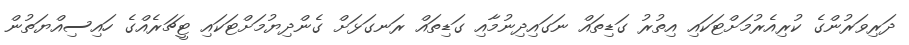
ދަރިވަރުންގެ ކުރިއެރުމަށްޓަކައި އިތުރު ގަޑިތައް ނަގައިދިނުމާއި ގަޑިތައް ރަނގަޅަށް ގެންދިޔުމަށްޓަކައި ޓީޗަރެއްގެ ހައިސިއްޔަތުން